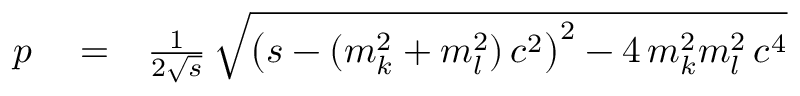
\begin{array} { r l r } { p } & { { } = } & { \frac { 1 } { 2 \sqrt { s } } \, \sqrt { \left( s - ( m _ { k } ^ { 2 } + m _ { l } ^ { 2 } ) \, c ^ { 2 } \right) ^ { 2 } - 4 \, m _ { k } ^ { 2 } m _ { l } ^ { 2 } \, c ^ { 4 } } } \end{array}